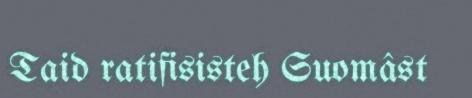
Taid ratifisisteh Suomâst